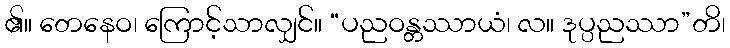
၏။ တေနေဝ၊ ကြောင့်သာလျှင်။ “ပညဝန္တဿာယံ၊ လ။ ဒုပ္ပညဿာ”တိ၊